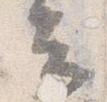
云